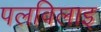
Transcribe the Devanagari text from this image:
पलविलाइ